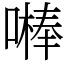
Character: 𠾴